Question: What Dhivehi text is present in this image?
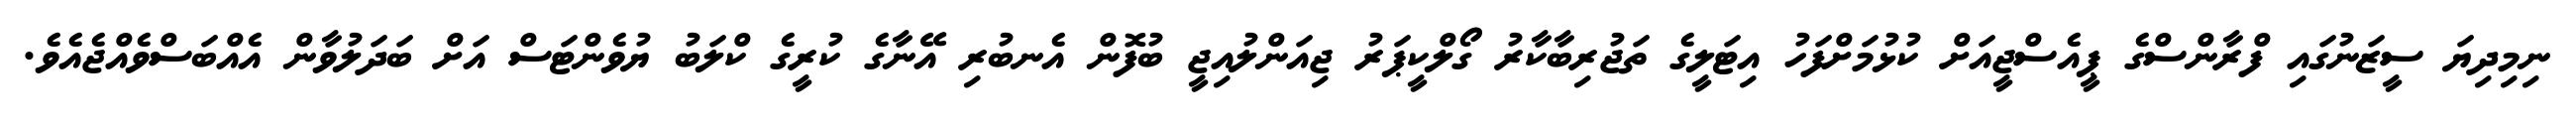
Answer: ނިމިދިޔަ ސީޒަނުގައި ފްރާންސްގެ ޕީއެސްޖީއަށް ކުޅުމަށްފަހު އިޓަލީގެ ތަޖުރިބާކާރު ގޯލްކީޕަރު ޖިއަންލުއިޖީ ބުފޮން އެނބުރި އޭނާގެ ކުރީގެ ކްލަބު ޔުވެންޓަސް އަށް ބަދަލުވާން އެއްބަސްވެއްޖެއެވެ.